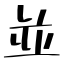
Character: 並